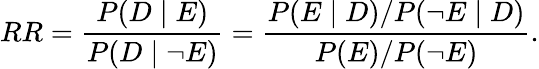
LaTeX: RR={\frac{P(D\mid E)}{P(D\mid\neg E)}}={\frac{P(E\mid D)/P(\neg E\mid D)}{P(E)/P(\neg E)}}.